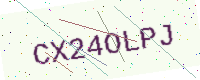
Text: CX24OLPJ